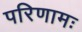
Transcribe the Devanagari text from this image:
परिणामः